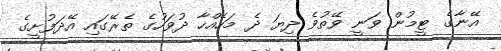
އޭނާގެ ޓީމުން ވަނީ ވޭތުވެ ދިޔަ ދެ މަހެއްހާ ދުވަހުގެ ތެރޭގައި އޭދަފުށީގެ